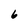
Character: 6